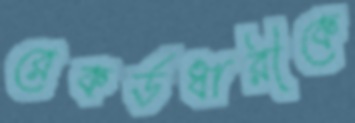
রেকর্ডধারীকে